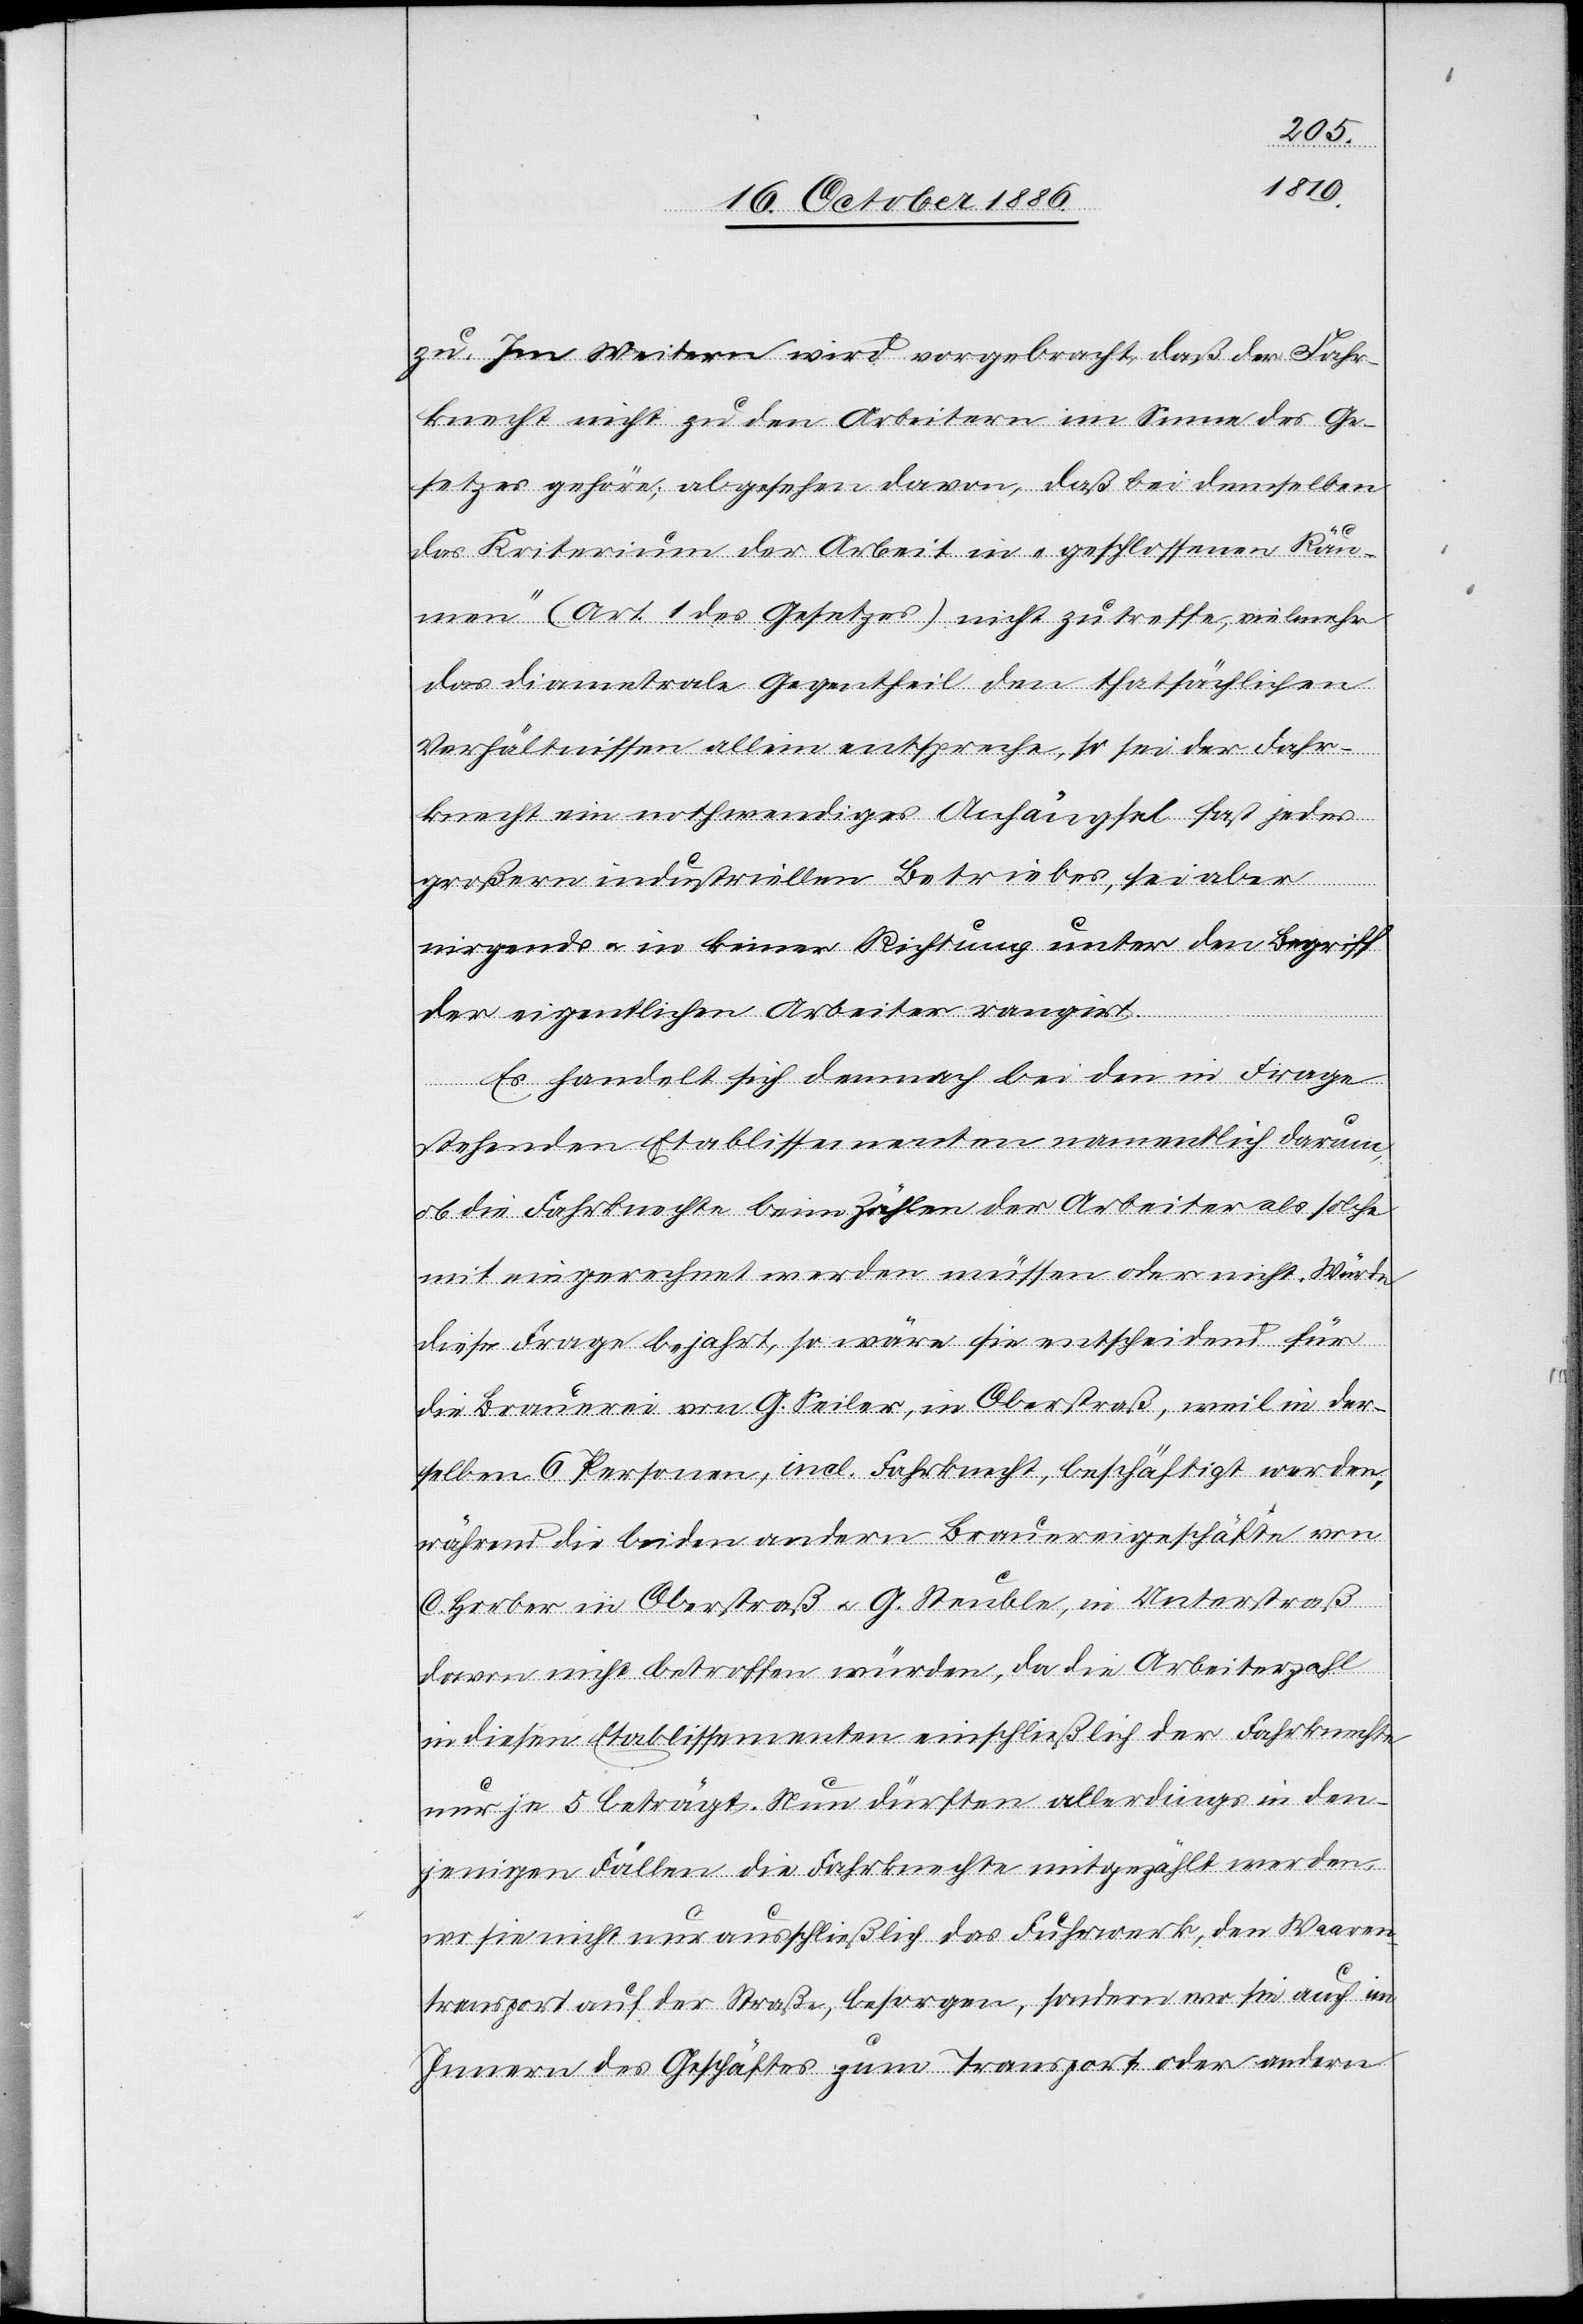
zu. Im Weitern wird vorgebracht, daß der Fahr¬
knecht nicht zu den Arbeitern im Sinne des Ge¬
setzes gehöre; abgesehen davon, daß bei demselben
das Kriterium der Arbeit in „geschlossenen Räu¬
men“ (Art. 1 des Gesetzes) nicht zutreffe, vielmehr
das diametrale Gegentheil den thatsächlichen
Verhältnissen allein entspreche, so sei der Fahr¬
knecht ein nothwendiges Anhängsel fast jedes
großern [sic!] industriellen Betriebes, sei aber
nirgends & in keiner Richtung unter den Begriff
der eigentlichen Arbeiter rangirt.
Es handelt sich demnach bei den in Frage
stehenden Etablissementen namentlich darum,
ob die Fahrknechte beim Zählen der Arbeiter als solche
mit eingerechnet werden müssen oder nicht. Würde
diese Frage bejahrt [sic!], so wäre sie entscheidend für
die Brauerei von G. Seiler, in Oberstraß, weil in der¬
selben 6 Personen, incl. Fahrknecht, beschäftigt werden,
während die beiden andern Brauereigeschäfte von
C. Horber in Oberstraß & G. Steuble, in Unterstraß
davon nicht betroffen würden, da die Arbeiterzahl
in diesen Etablissementen einschließlich der Fahrknechte
nur je 5 beträgt. Nun dürften allerdings in den¬
jenigen Fällen die Fahrknechte mitgezählt werden,
wo sie nicht nur ausschließlich das Fuhrwerk, den Waaren¬
transport auf der Straße, besorgen, sondern wo sie auch im
Innern des Geschäftes zum Transport oder andern